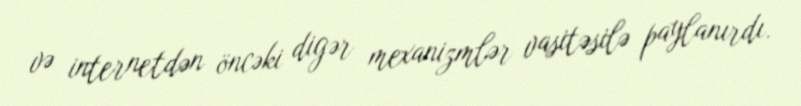
və internetdən öncəki digər mexanizmlər vasitəsilə paylanırdı.